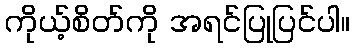
ကိုယ့်စိတ်ကို အရင်ပြုပြင်ပါ။